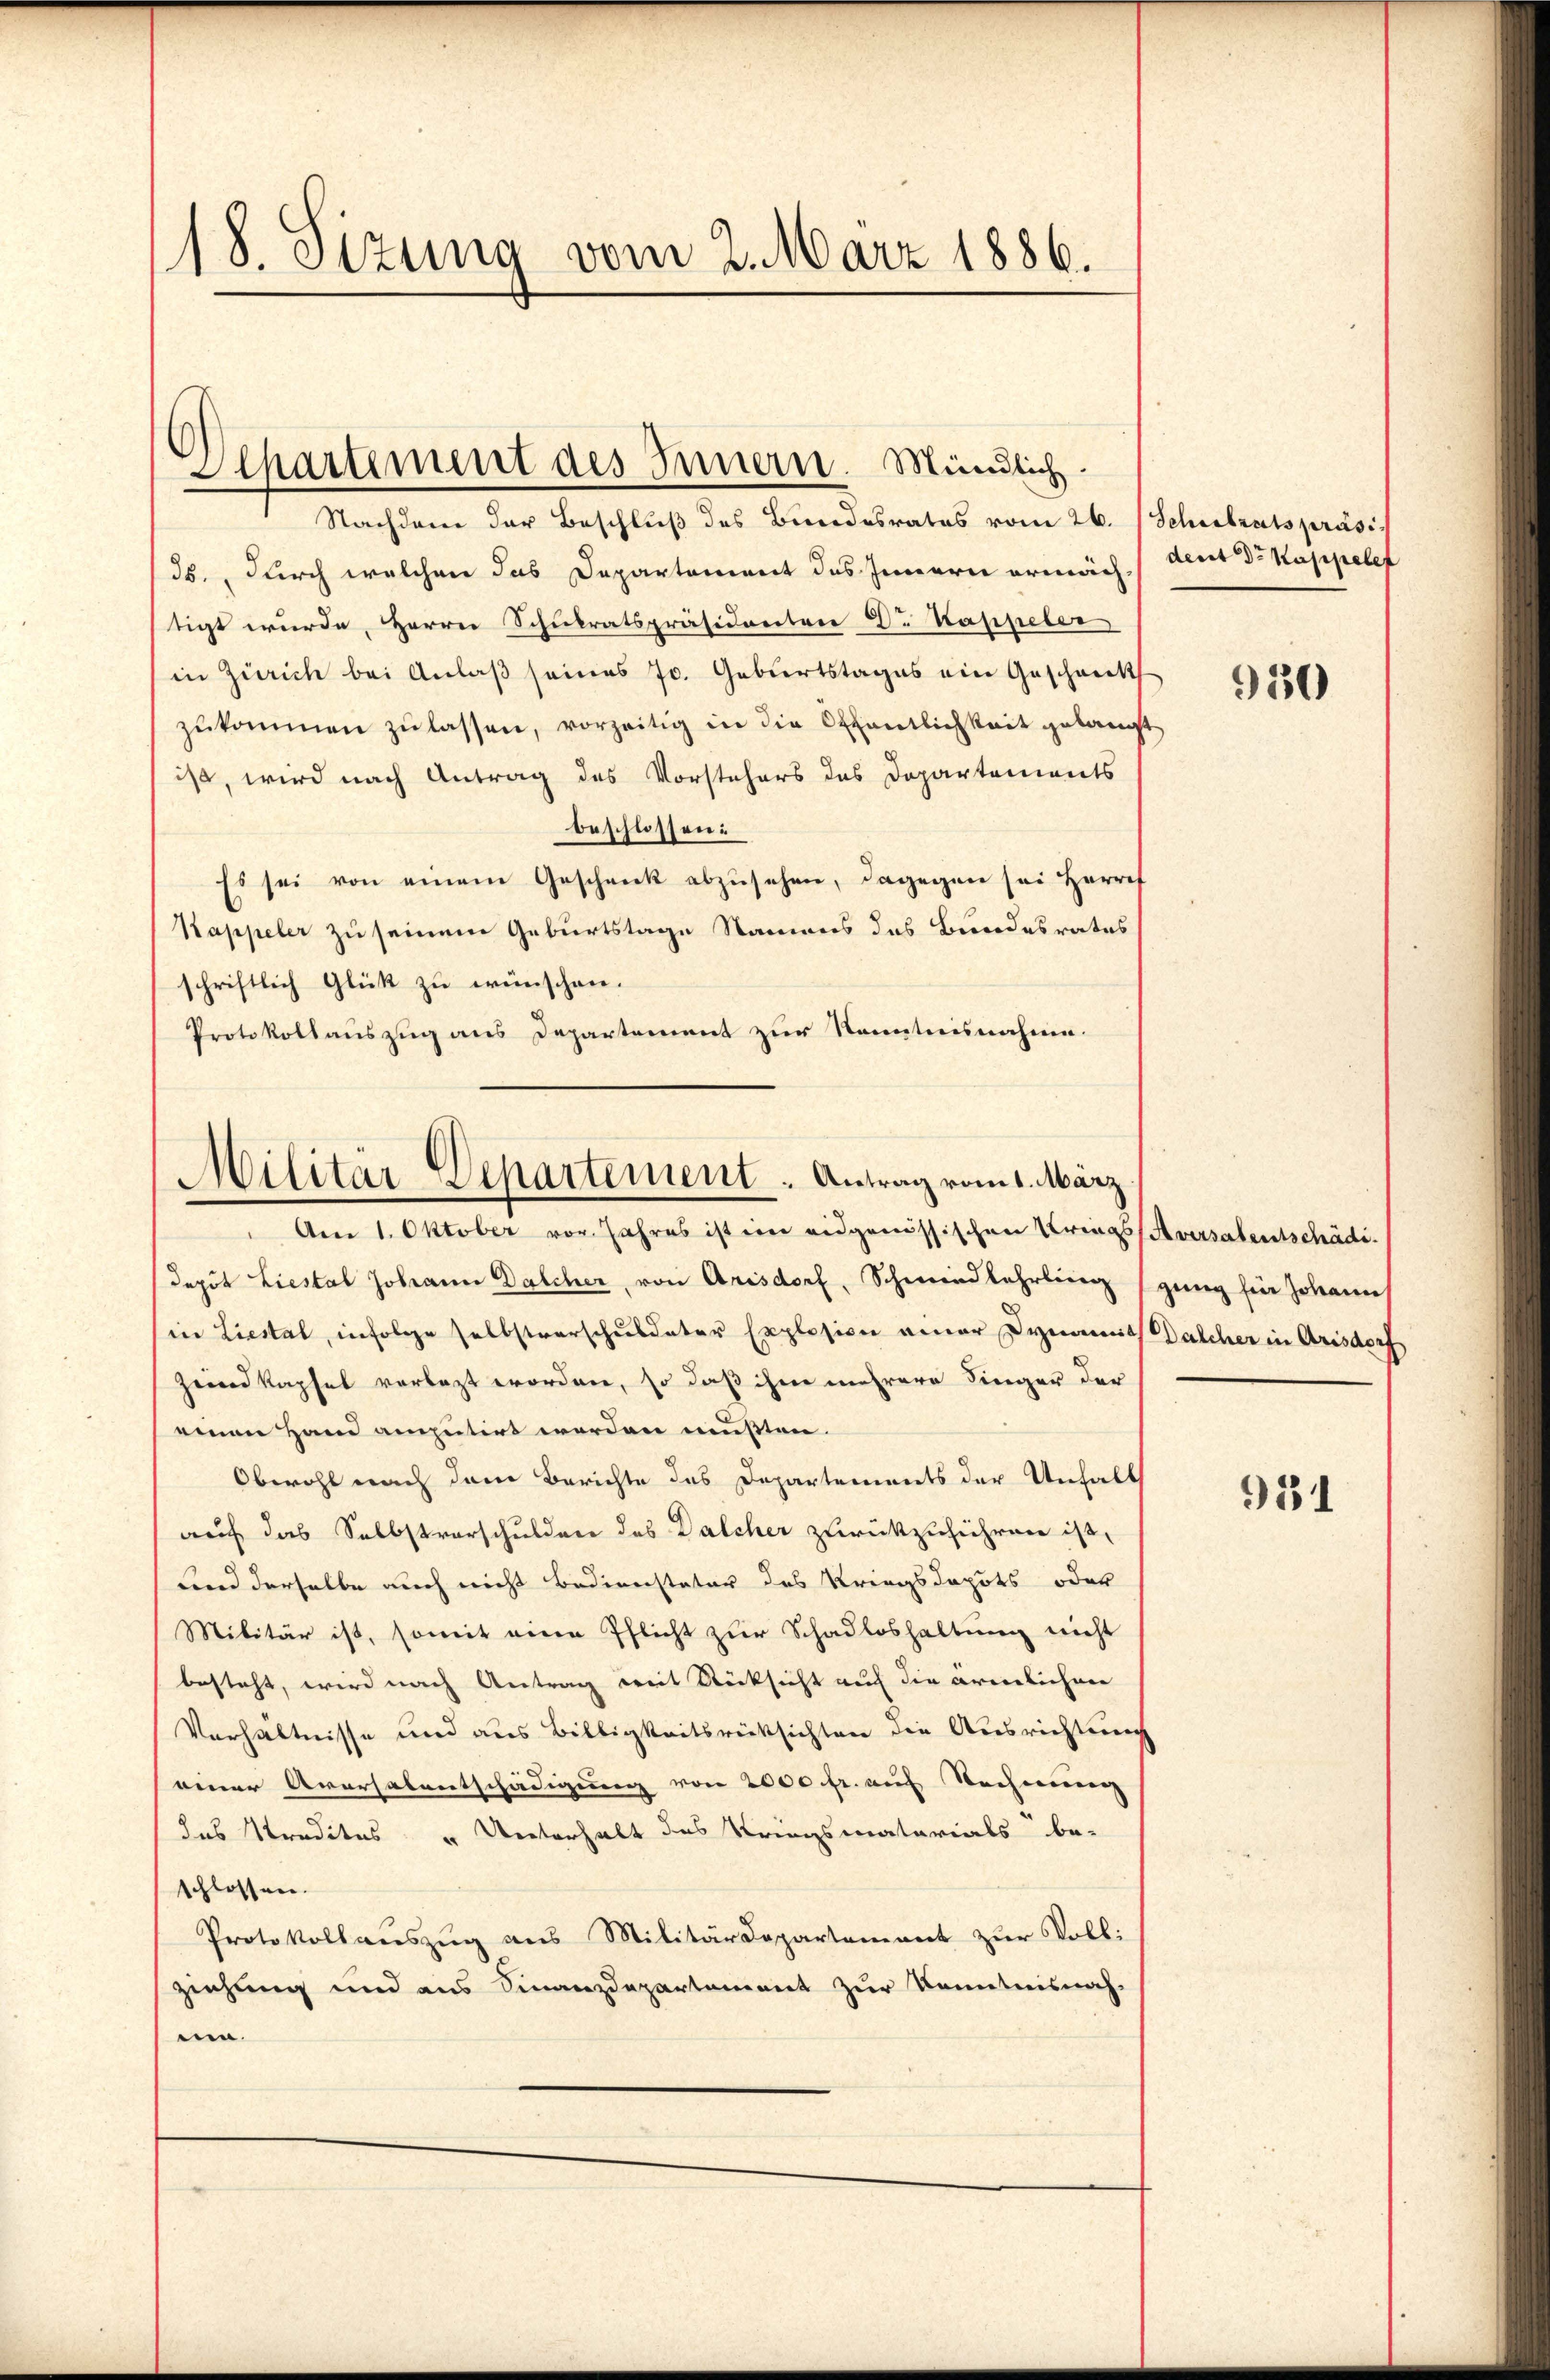
18. Sizung vom 2. März 1886.

Separtement des Innern. Mündlich.

Nachdem der Beschluß des Bundesrates vom 26. Sehrstratspräsids., durch welchen das Departement des Innern ermäch, dent Dr Kappelef
tigt wurde, Herrn Schulratspräsidenten Dr Kappeler
in Zürich bei Anlaß seines J. Geburtstages ein Geschenck
zŭkommen zŭ lassen, vorzeitig in die Offentlichkeit gelangt
ist, wird nach Antrag des Vorstehers das Departements
beschlossen:
Es sei von einem Geschenk abzusehen, dagegen sei Herret
Kappeler zu seinem Geburtstage Namens des Bundesrates
schriftlich Glück zu wünschen.
Protokollauszug aus Departement zur Kenntnisnahme.
depot Liestal Johann Dalcher, von Arisdorf, Schmeidlehrling ging für Johann
in Liestal, infolge selbstverschuldeter Explosion einer Dynamit Dalcher in Arisdorf
Zeidkapfel vorlegt worden, so daß ihme mehrere Singer der
einen Hand amputirt werden mußten.
Obwohl nach dem Berichte des Departements der Unfall
auf das Selbstverschulden des Dalcher zurückzuführen ist,
Lnd derselbe auch nicht Bediensteter das Kriegsdopots oder
Militär ist, somit eine Pflicht zur Schadloshaltung nicht
besteht, wird nach Antrag mit Rücksicht auf die ärmlichere
Verhältnisse und aus Billigkeitsrücksichten die Ausrichtung
einer Aversalentschädigung von 2000 fr. auf Rechnung
das Kredites u Unterhalt des Kriegsmatarials be-
schlossen.
Protokollauszug aus Militärdepartement zur Voll:
ziehung und aus Finanzdepartement zur Kenntnisnah-
um.

Militär-Departement. Antrag vom 1. März
Am 1. Oktober vor. Jahres ist im eidgenössischen Krings Aversalentschädi¬

950

931